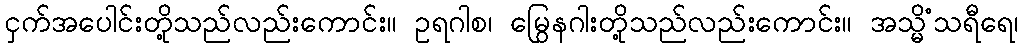
ငှက်အပေါင်းတို့သည်လည်းကောင်း။ ဥရဂါစ၊ မြွေနဂါးတို့သည်လည်းကောင်း။ အသ္မိံသရီရေ၊